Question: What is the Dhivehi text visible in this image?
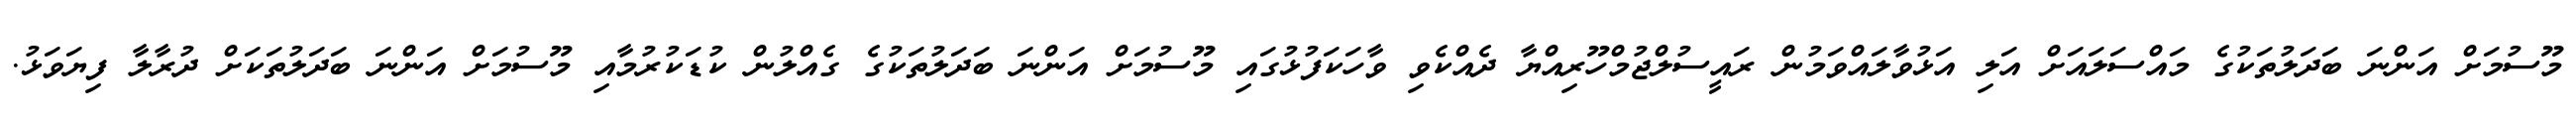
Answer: މޫސުމަށް އަންނަ ބަދަލުތަކުގެ މައްސަލައަށް އަލި އަޅުވާލައްވަމުން ރައީސުލްޖުމްހޫރިއްޔާ ދެއްކެވި ވާހަކަފުޅުގައި މޫސުމަށް އަންނަ ބަދަލުތަކުގެ ގެއްލުން ކުޑަކުރުމާއި މޫސުމަށް އަންނަ ބަދަލުތަކަށް ދުރާލާ ފިޔަވަޅު.